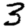
Digit: 3